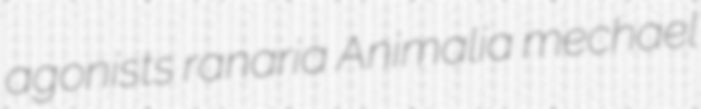
agonists ranaria Animalia mechael